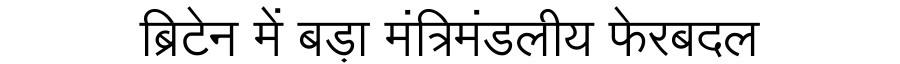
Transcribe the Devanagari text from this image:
ब्रिटेन में बड़ा मंत्रिमंडलीय फेरबदल